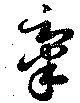
挙